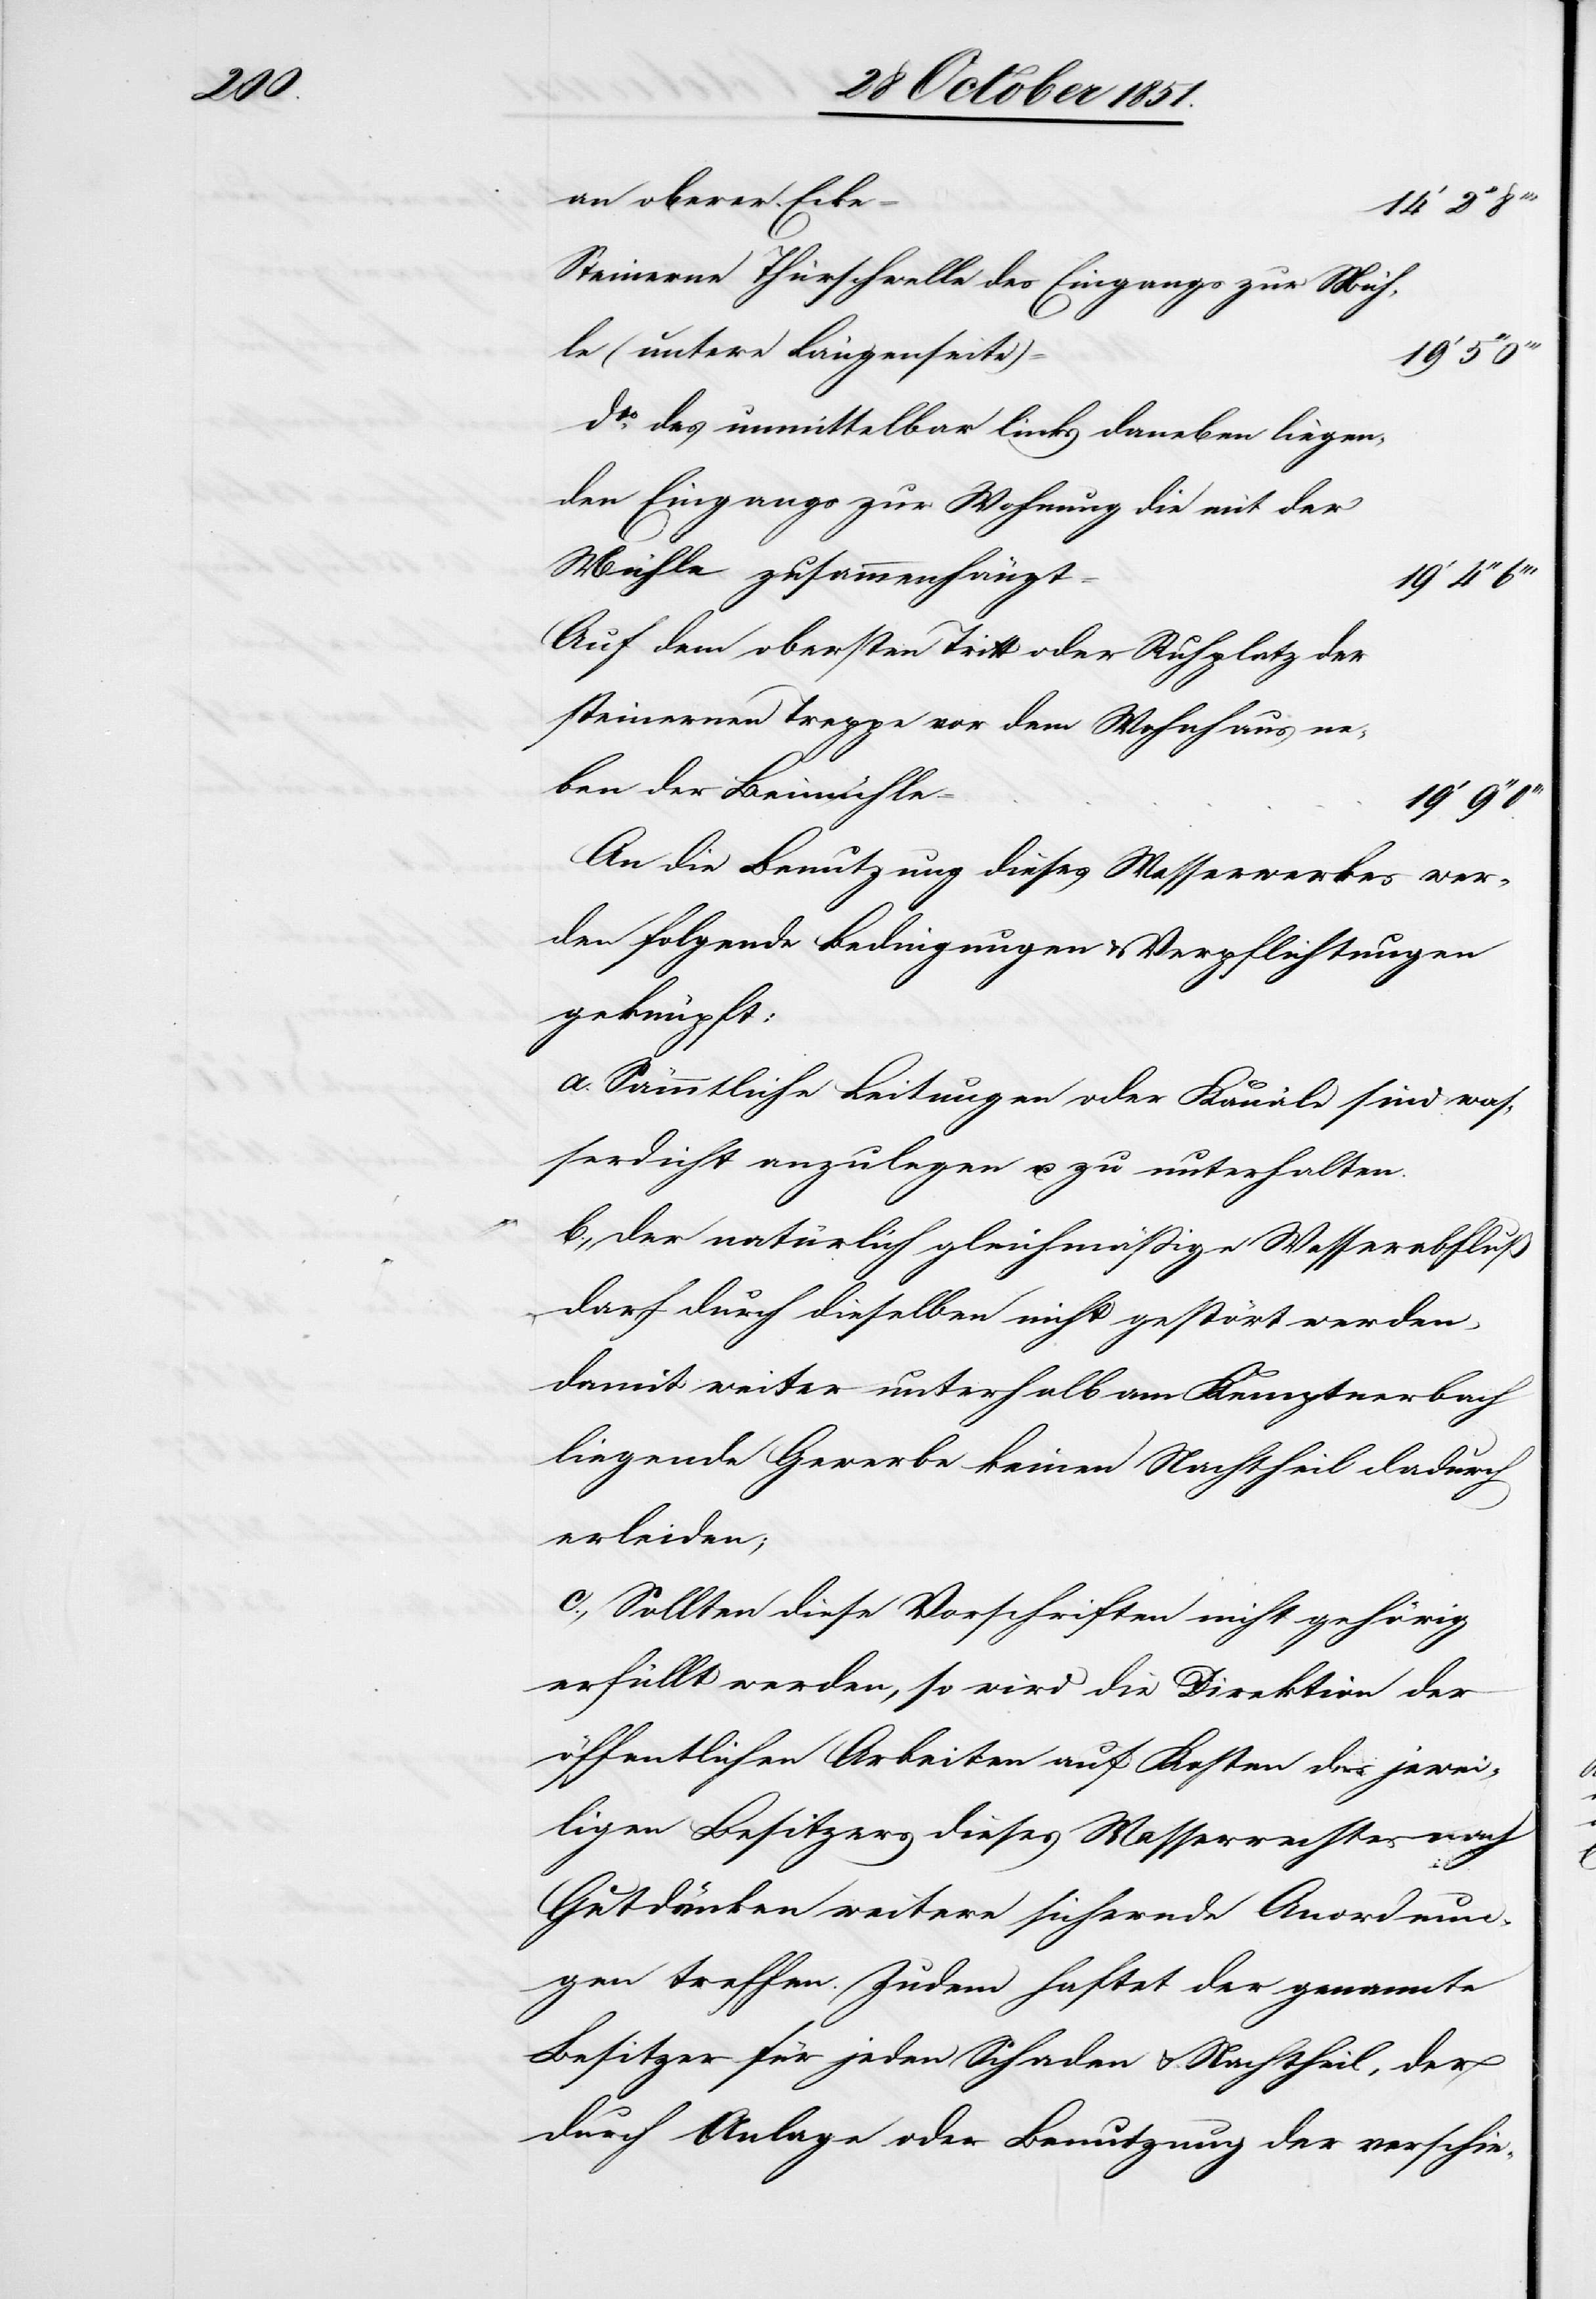
an oberer Ecke
14‘ 2‘‘
Steinerne Thürschwelle des Eingangs zur Müh¬
le (untere Längenseite)
dto. des unmittelbar links daneben liegen¬
den Eingangs zur Wohnung die mit der
Mühle zusammenhängt
19‘ 4‘‘
Auf dem obersten Tritt oder Ruhplatz der
steinernen Treppe vor dem Wohnhaus ne¬
ben der Beimühle
19‘
An die Benutzung dieses Wasserwerkes wer¬
den folgende Bedingungen & Verpflichtungen
geknüpft:
a. Sämmtliche Leitungen oder Kanäle sind was¬
serdicht anzulegen u. zu unterhalten.
b., Der natürlich gleichmäßige Wasserabfluß
darf durch dieselben nicht gestört werden,
damit weiter unterhalb am Kemptnerbach
liegende Gewerbe keinen Nachtheil dadurch
erleiden;
c., Sollten diese Vorschriften nicht gehörig
erfüllt werden, so wird die Direktion der
öffentlichen Arbeiten auf Kosten des jewei¬
ligen Besitzers dieses Wasserrechtes nach
Gutdünken weitere sichernde Anordnun¬
gen treffen. Zudem haftet der genannte
Besitzer für jeden Schaden & Nachtheil, der
durch Anlage oder Benutzung der verschie-